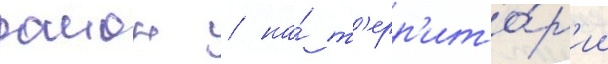
раион / на́ т'ерр'ито́р'ии